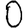
Digit: 0